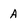
Character: A